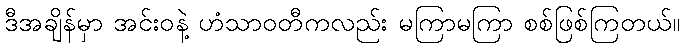
ဒီအချိန်မှာ အင်းဝနဲ့ ဟံသာဝတီကလည်း မကြာမကြာ စစ်ဖြစ်ကြတယ်။